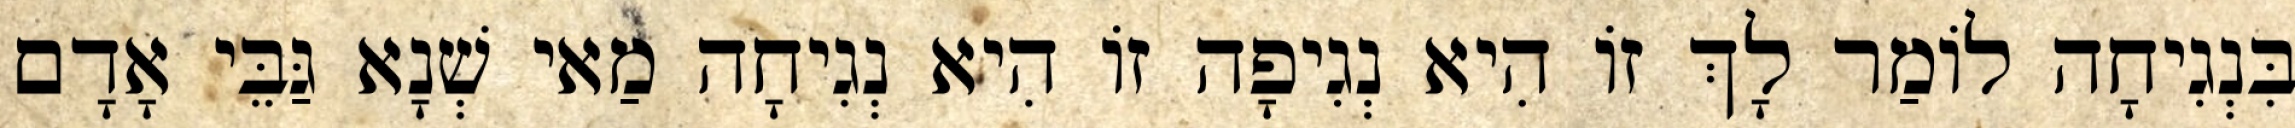
בִּנְגִיחָה לוֹמַר לָךְ זוֹ הִיא נְגִיפָה זוֹ הִיא נְגִיחָה מַאי שְׁנָא גַּבֵּי אָדָם